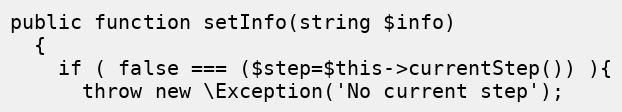
Language: PHP
public function setInfo(string $info)
  {
    if ( false === ($step=$this->currentStep()) ){
      throw new \Exception('No current step');